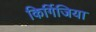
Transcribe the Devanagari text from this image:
किर्गिजिया